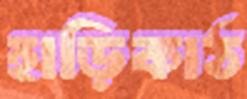
হাড়িকাঠ